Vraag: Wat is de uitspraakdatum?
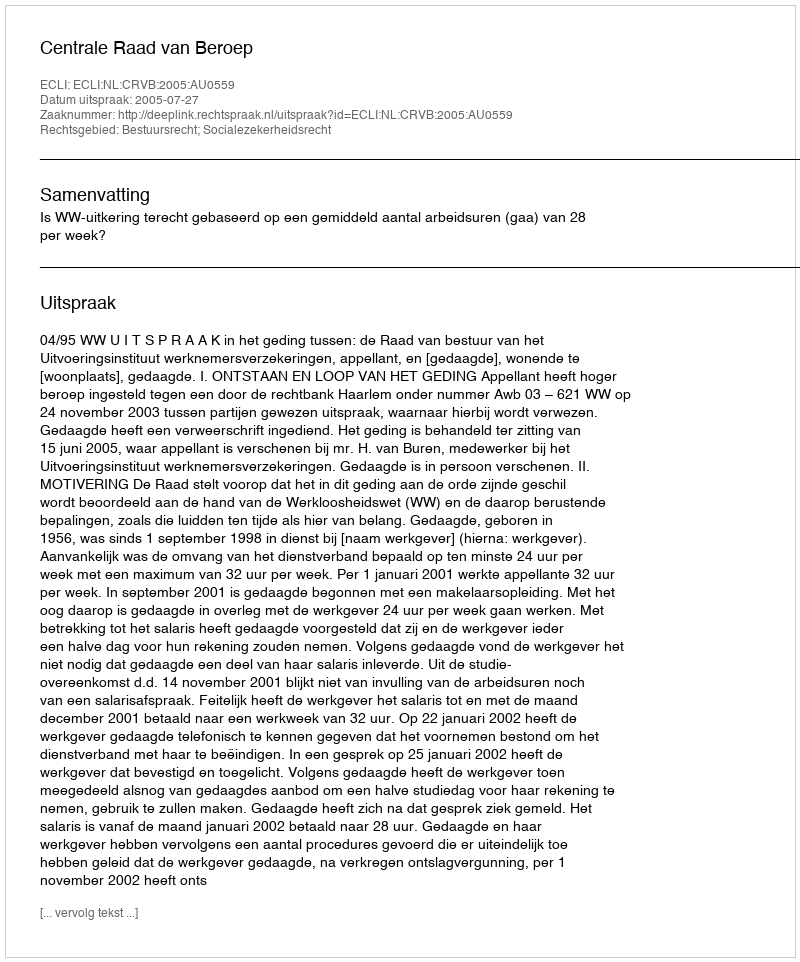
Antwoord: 2005-07-27